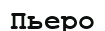
Пьеро